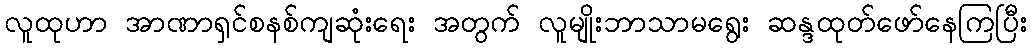
လူထုဟာ အာဏာရှင်စနစ်ကျဆုံးရေး အတွက် လူမျိုးဘာသာမရွေး ဆန္ဒထုတ်ဖော်နေကြပြီး